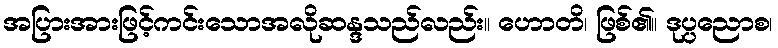
အပြားအားဖြင့်ကင်းသောအလိုဆန္ဒသည်လည်း။ ဟောတိ၊ ဖြစ်၏။ ဒုပ္ပညောစ၊